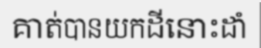
គាត់បានយកដីនោះដាំ